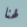
لهنا